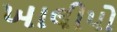
ખાલીપો